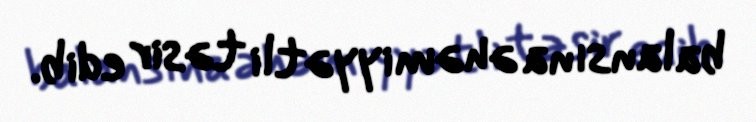
balansına əhəmiyyətli təsir edib.